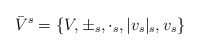
\begin{align*}\bar{V}^{s} =\{V,\pm_{s},\cdot_{s},|v_{s}|_{s} ,v_{s}\}\end{align*}